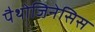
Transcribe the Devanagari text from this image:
पैथोजिनेसिस